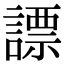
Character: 謤